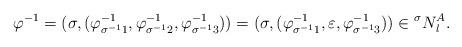
LaTeX: \begin{align*}\varphi^{-1}=(\sigma,(\varphi^{-1}_{\sigma^{-1}1},\varphi^{-1}_{\sigma^{-1}2}, \varphi^{-1}_{\sigma^{-1}3}))=(\sigma,(\varphi^{-1}_{\sigma^{-1}1},\varepsilon,\varphi^{-1}_{\sigma^{-1}3})) \in \prescript{\sigma}{}N_l^A.\end{align*}